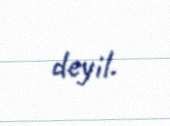
deyil.